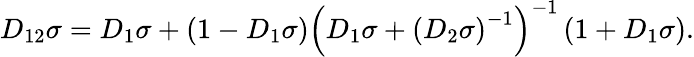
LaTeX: D_{12}\sigma=D_{1}\sigma+\left(1-D_{1}\sigma\right)\left(D_{1}\sigma+\left(D_{2}\sigma\right)^{-1}\right)^{-1}\left(1+D_{1}\sigma\right).